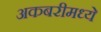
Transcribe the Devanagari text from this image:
अकबरीमध्ये